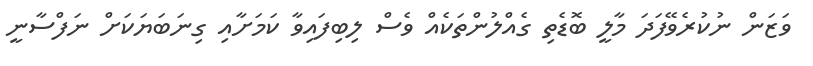
ވަޒަން ނުކުރެވޭފަދަ މާލީ ބޮޑެތި ގެއްލުންތަކެއް ވެސް ލިބިފައިވާ ކަމަށާއި ގިނަބަޔަކަށް ނަފްސާނީ